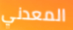
المعدني